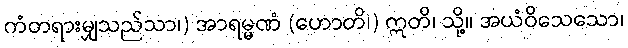
ကံတရားမျှသည်သာ၊) အာရမ္မဏံ (ဟောတိ၊) ဣတိ၊ သို့။ အယံဝိသေသော၊